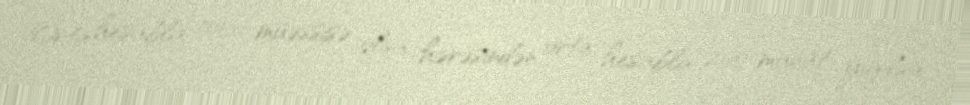
Orta hesabla 1000 müəssisə olsa, hərəsindən orta hesabla 200 manat yığılsa,